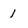
Character: 1